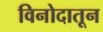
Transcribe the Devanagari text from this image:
विनोदातून